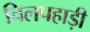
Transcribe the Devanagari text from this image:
चिलपहाड़ी